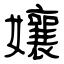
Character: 孃